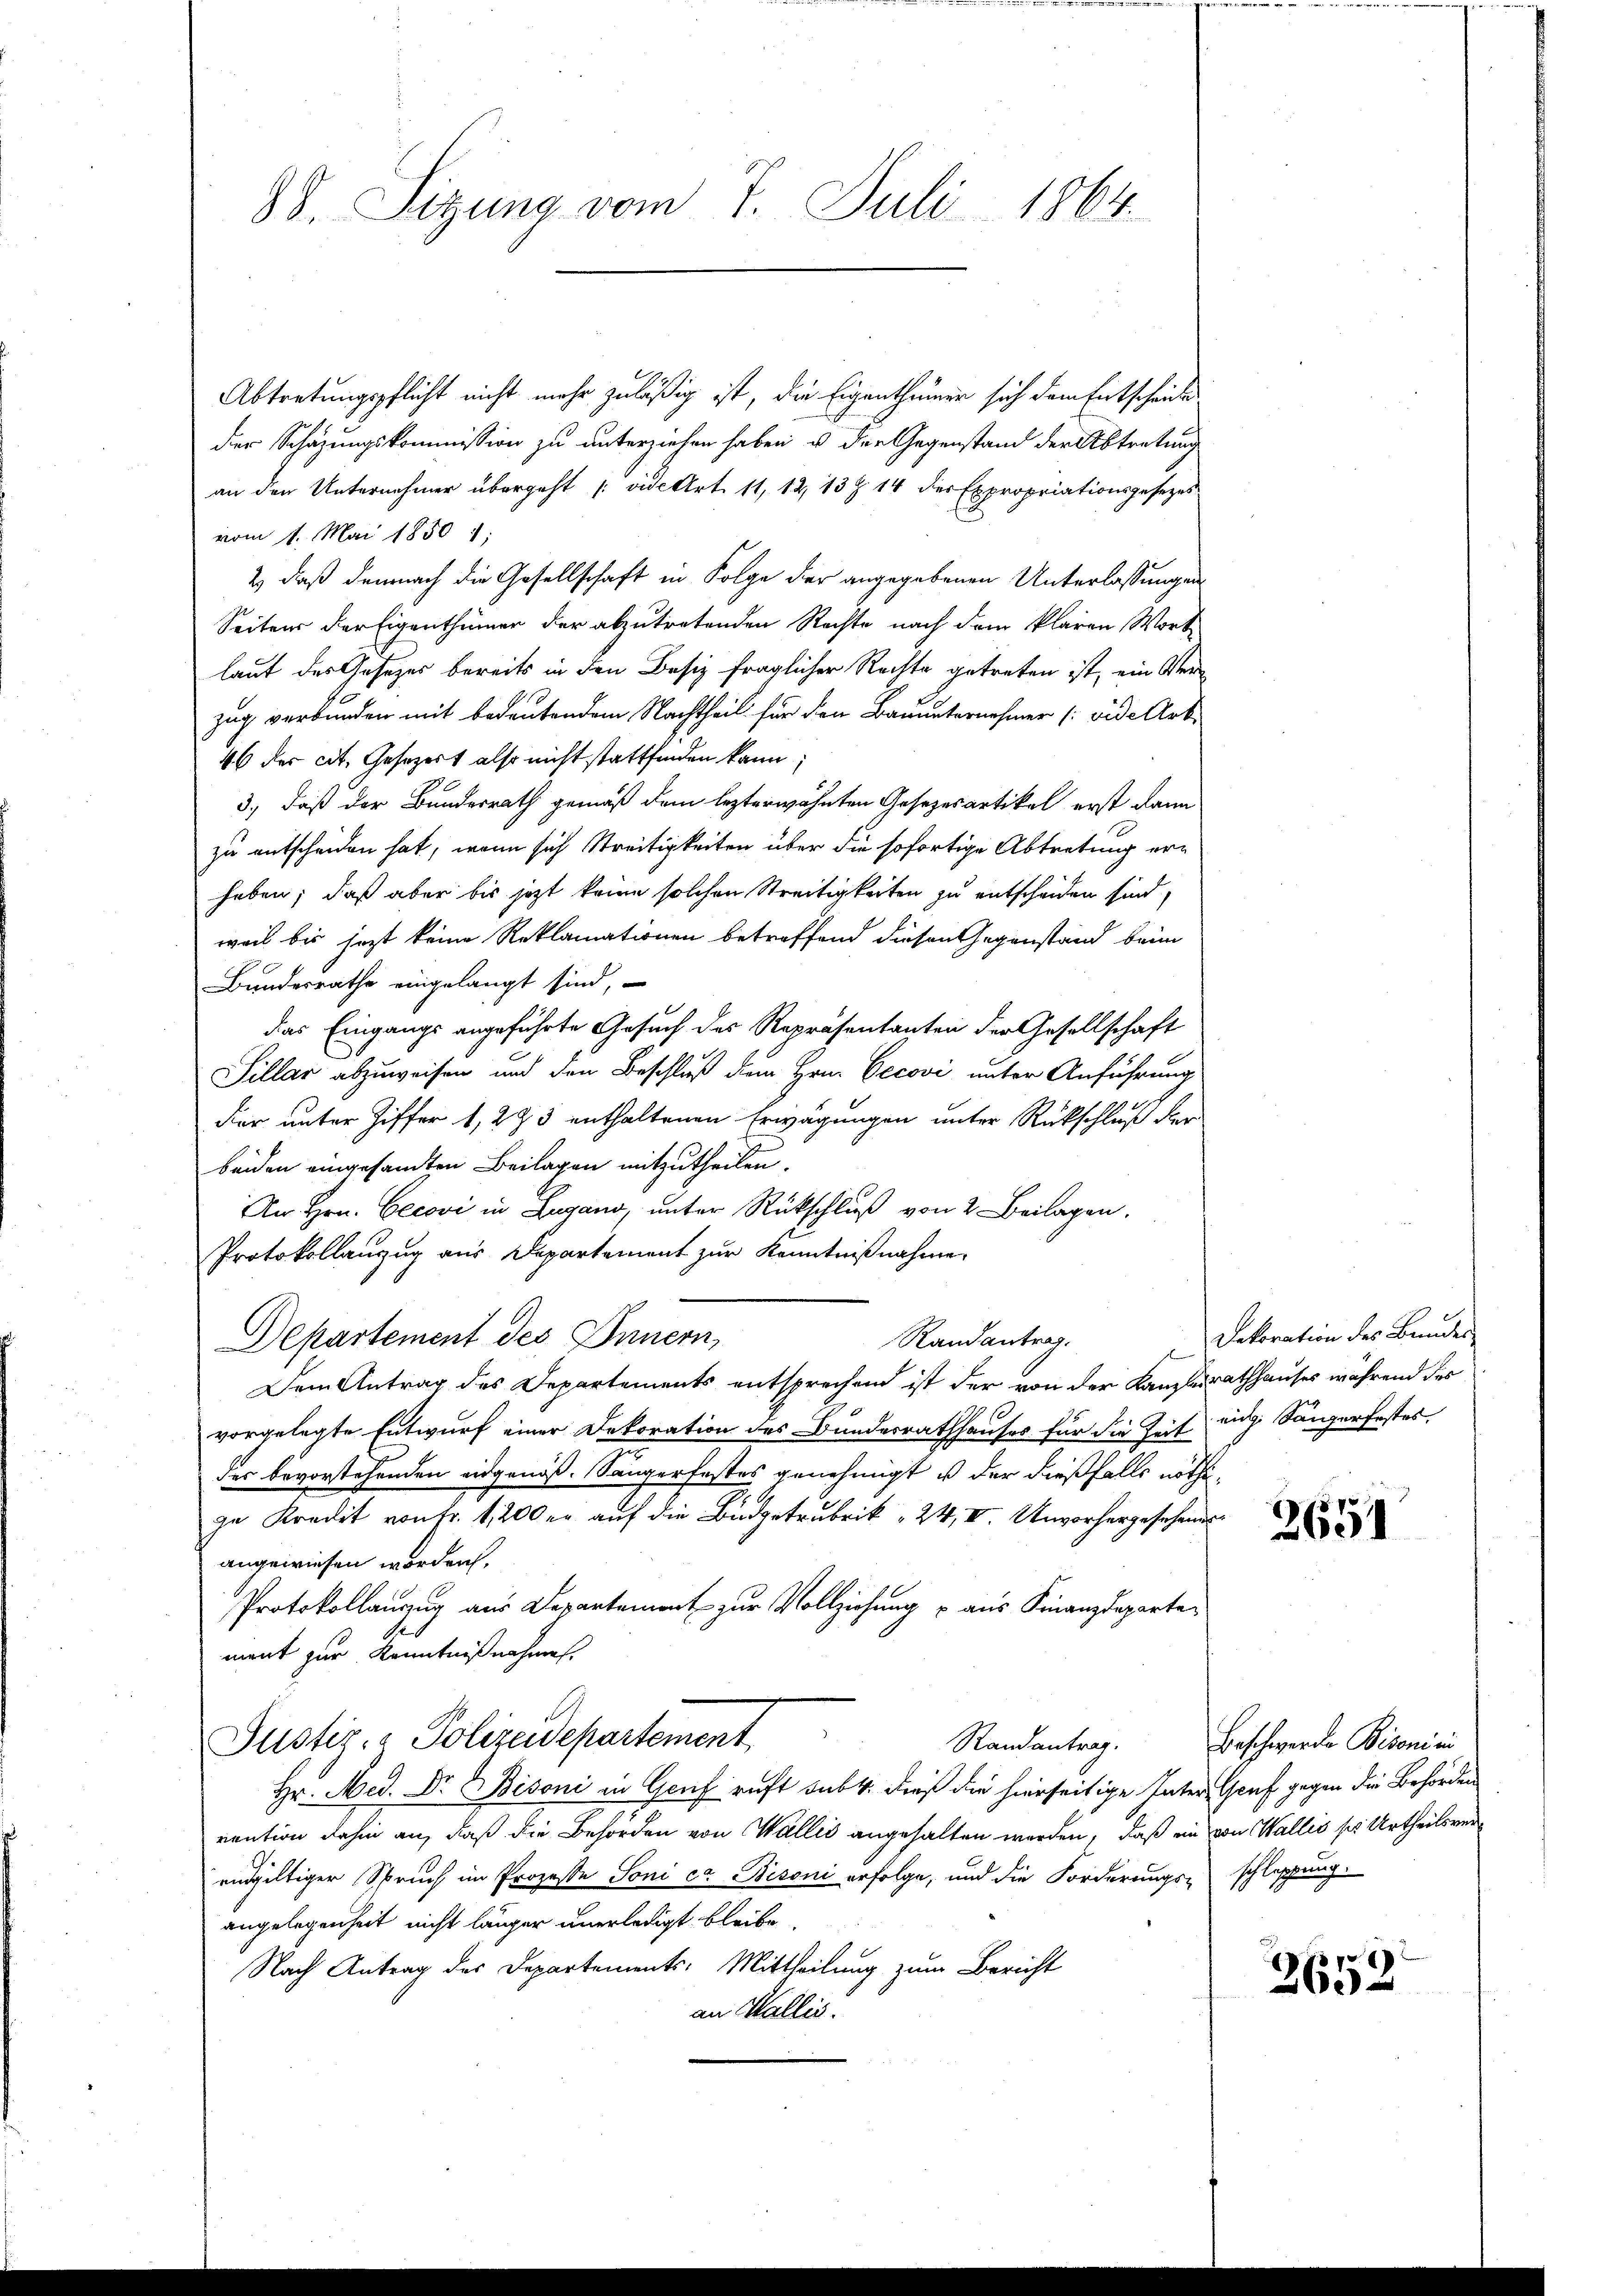
88. Sigung vom 7. Juli 1864.

Abtretungspflicht nicht mehr zuläßig ist, die Eigenthümer sich dem Entscheide
der Schazungskommission zu unterziehen haben u. der Gegenstand der Abtretung
an den Unternehmer übergeht (vide Art. 11, 12, 13 § 14 des Expropriationsgesezes
vom 1. Mai 1850 1;
2) daß demnach die Gesellschaft in Folge der angegebenen Unterlassungen
Seitens der Eigenthümer der abzutretenden Rechte nach dem klaren Wort
laut des Gesezes bereits in den Besiz fraglicher Rechte getreten ist, ein Verzug verbunden mit bedeutendem Nachtheil für den Bauunternehmer (vide Art.
46 der cit. Gesezert also nicht stattfinden kann;
3.) Daß der Bundesrath gemäß dem lezterwähnten Gesezesartikel erst dann
zu entscheiden hat, wenn sich Streitigkeiten über die sofortige Abtretung erhaben; daß aber bis jetzt keine solchen Streitigkeiten zu entscheiden sind,
weil bis jezt keine Reklamationen betreffend diesen Gegenstand beim
Bundesrathe eingelangt sind,
das Eingangs angeführte Gesuch des Repräsentanten der Gesellschaft
Sillar abzuweisen und den Beschluß dem Hrn. Oecovi unter Anführung
dier unter Ziffer 1, 2 & 3 enthaltenen Erwägungen unter Rückschluß der
beiden eingesandten Beilagen mitzutheilen.
An Hrn. Cerovi in Lugano, unter Rückschluß von 2 Beilagen.
Protokollanzug aus Departement zur Kenntnißnahme
Randantrag.
Departement des Innern,
Dem Antrag des Departements entsprechend ist der von der Kanzlerathhauses während der
vorgelegte Entwurf einer Dekoration des Bunderrathhauses für die Zeit eige Sängerfestes,
der bevorstehenden eidgenöß. Sängerfestes genehmigt ist der dießfalls nöthize Kredit von Fr. 1200 er auf die Budgetrubrik „24, II. Unvorhergesehendes
angewiesen worden,
Protokollanzug aus Departement zur Vollziehung u aus Finanzdepartement zur Kenntnißnahmen.
Justiz- & Polizeidepartement
Randantrag.
Hr. Med. Dr. Bisoni in Genf ruft subt. dieß die hierseitige Inter Genf gegen die Behörden
rention dahin an, daß die Behörden von Wallis angehalten werden, daß ein von Wallis ses Urtheilsverendgültiger Spruch im Prozesse Soni cr. Bisoni erfolge, und die Forderungs- schleppung.
angelegenheit nicht länger unerledigt bleibe
Nach Antrag des Departements-Mittheilung zum Bericht
an Wallis.

Dekoration des Bundes

2651

Beschwerde Bitoni in

.
265